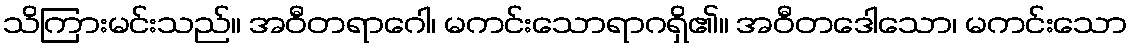
သိကြားမင်းသည်။ အဝီတရာဂေါ၊ မကင်းသောရာဂရှိ၏။ အဝီတဒေါသော၊ မကင်းသော